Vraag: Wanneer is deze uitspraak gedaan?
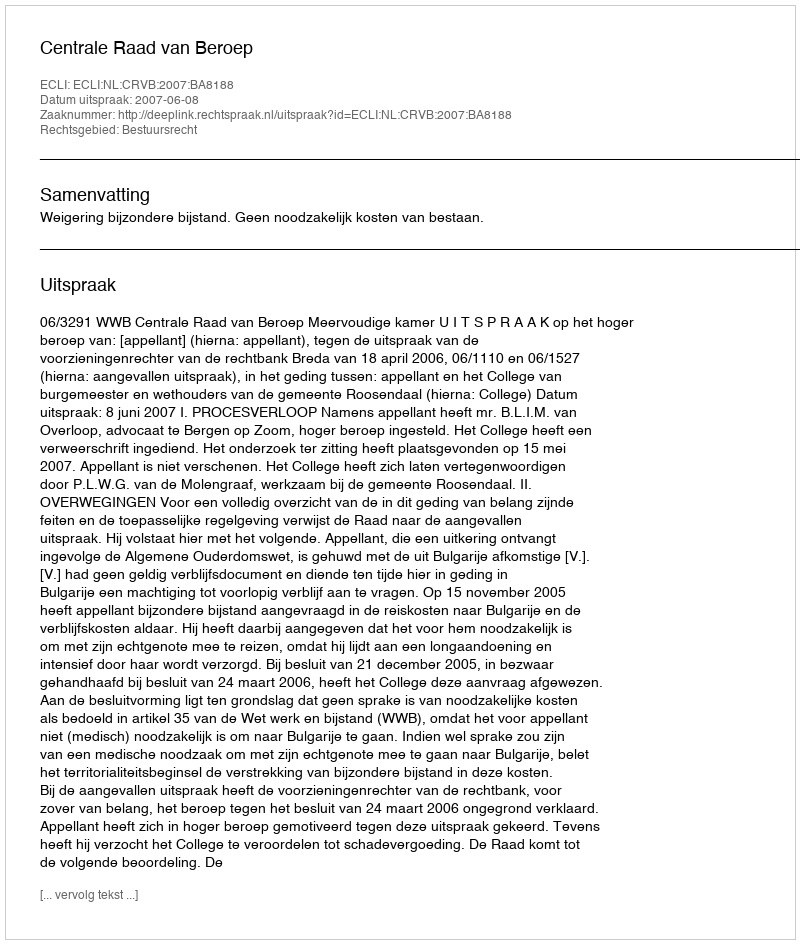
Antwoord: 2007-06-08